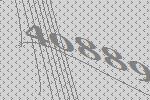
40889